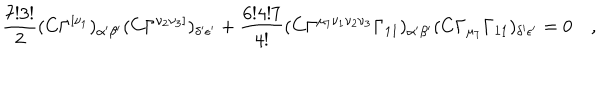
LaTeX: \frac { 7 ! 3 ! } { 2 } ( C \Gamma ^ { [ \nu _ { 1 } } ) _ { \alpha { ' } \beta { ' } } ( C \Gamma ^ { \nu _ { 2 } \nu _ { 3 } ] } ) _ { \delta { ' } \epsilon { ' } } + \frac { 6 ! 4 ! 7 } { 4 ! } ( C \Gamma ^ { \mu _ { 7 } \nu _ { 1 } \nu _ { 2 } \nu _ { 3 } } \Gamma _ { 1 1 } ) _ { \alpha { ' } \beta { ' } } ( C \Gamma _ { \mu _ { 7 } } \Gamma _ { 1 1 } ) _ { \delta { ' } \epsilon { ' } } = 0 \quad ,